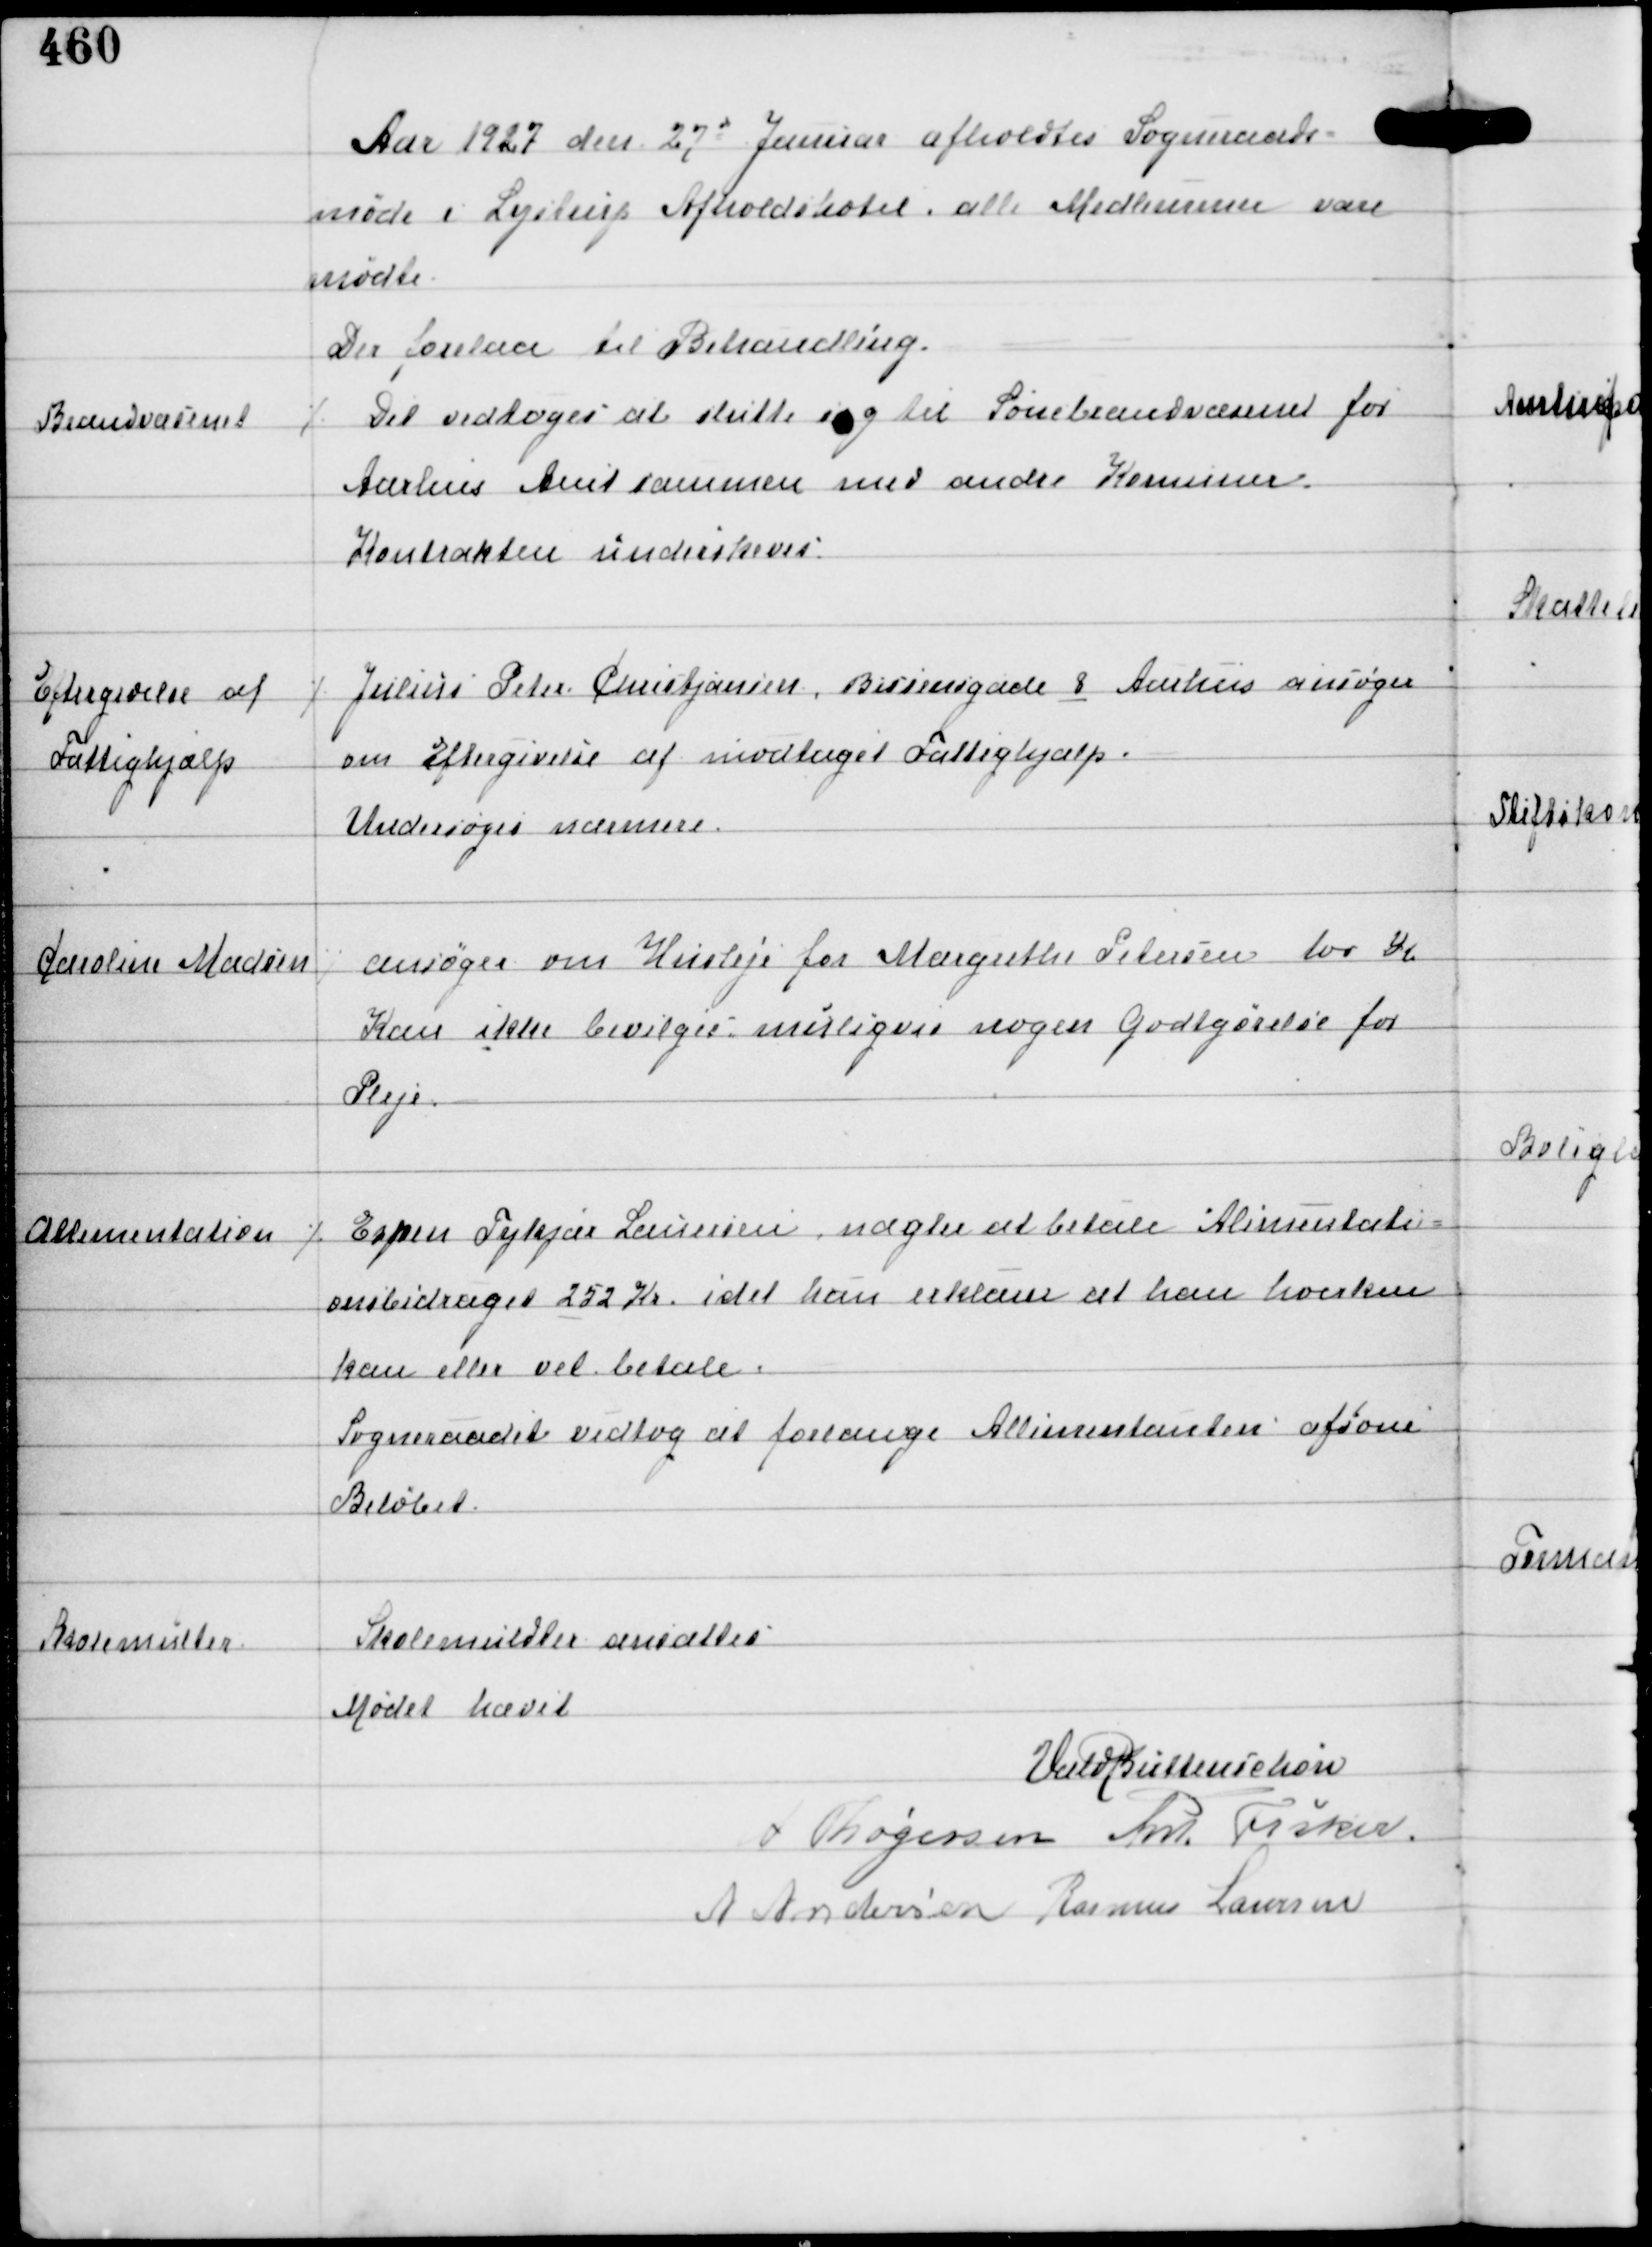
Transskription:
Aar 1927 den 27d Januar afholdtes Sogneraads-
møde i Lystrup Afholdshotel, alle Medlemmer vare
mødte.
Der forelaa til Behandling.

Brandvæsenet

⁒ Det vedtoges at slutte sig til Sonebrandvæsenet for
Aarhus Amt sammen med andre Komuner.
Kontrakten underskreves

Eftergivelse af
Fattighjælp

⁒ Julius Peter Christensen, Bissensgade 8 Aarhus ansøger
om Eftergivelse af modtaget Fattighjælp.
Undersøges nærmere.

Caroline Madsen

⁒ ansøger om Husleje for Margrethe Petersen 100 Kr
Kan ikke bevilges muligvis nogen Godtgørelse for
Pleje.

Allimentation

⁒ Espen Tykjær Lauersen nægter at betale Alimentati-
onsbidraget 252 Kr idet han erklærer at han hverken
kan eller vil betale.
Sogneraadet vedtog at forlange Allimentanten afsone
Beløbet.

Skolemulkter

Skolemulkter ansattes

Mødet hævet
Vald Buttenschøn
A Thøgersen Ant Fisker
A Andersen Rasmus Laursen